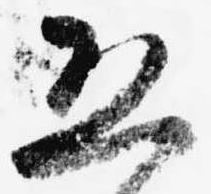
恐